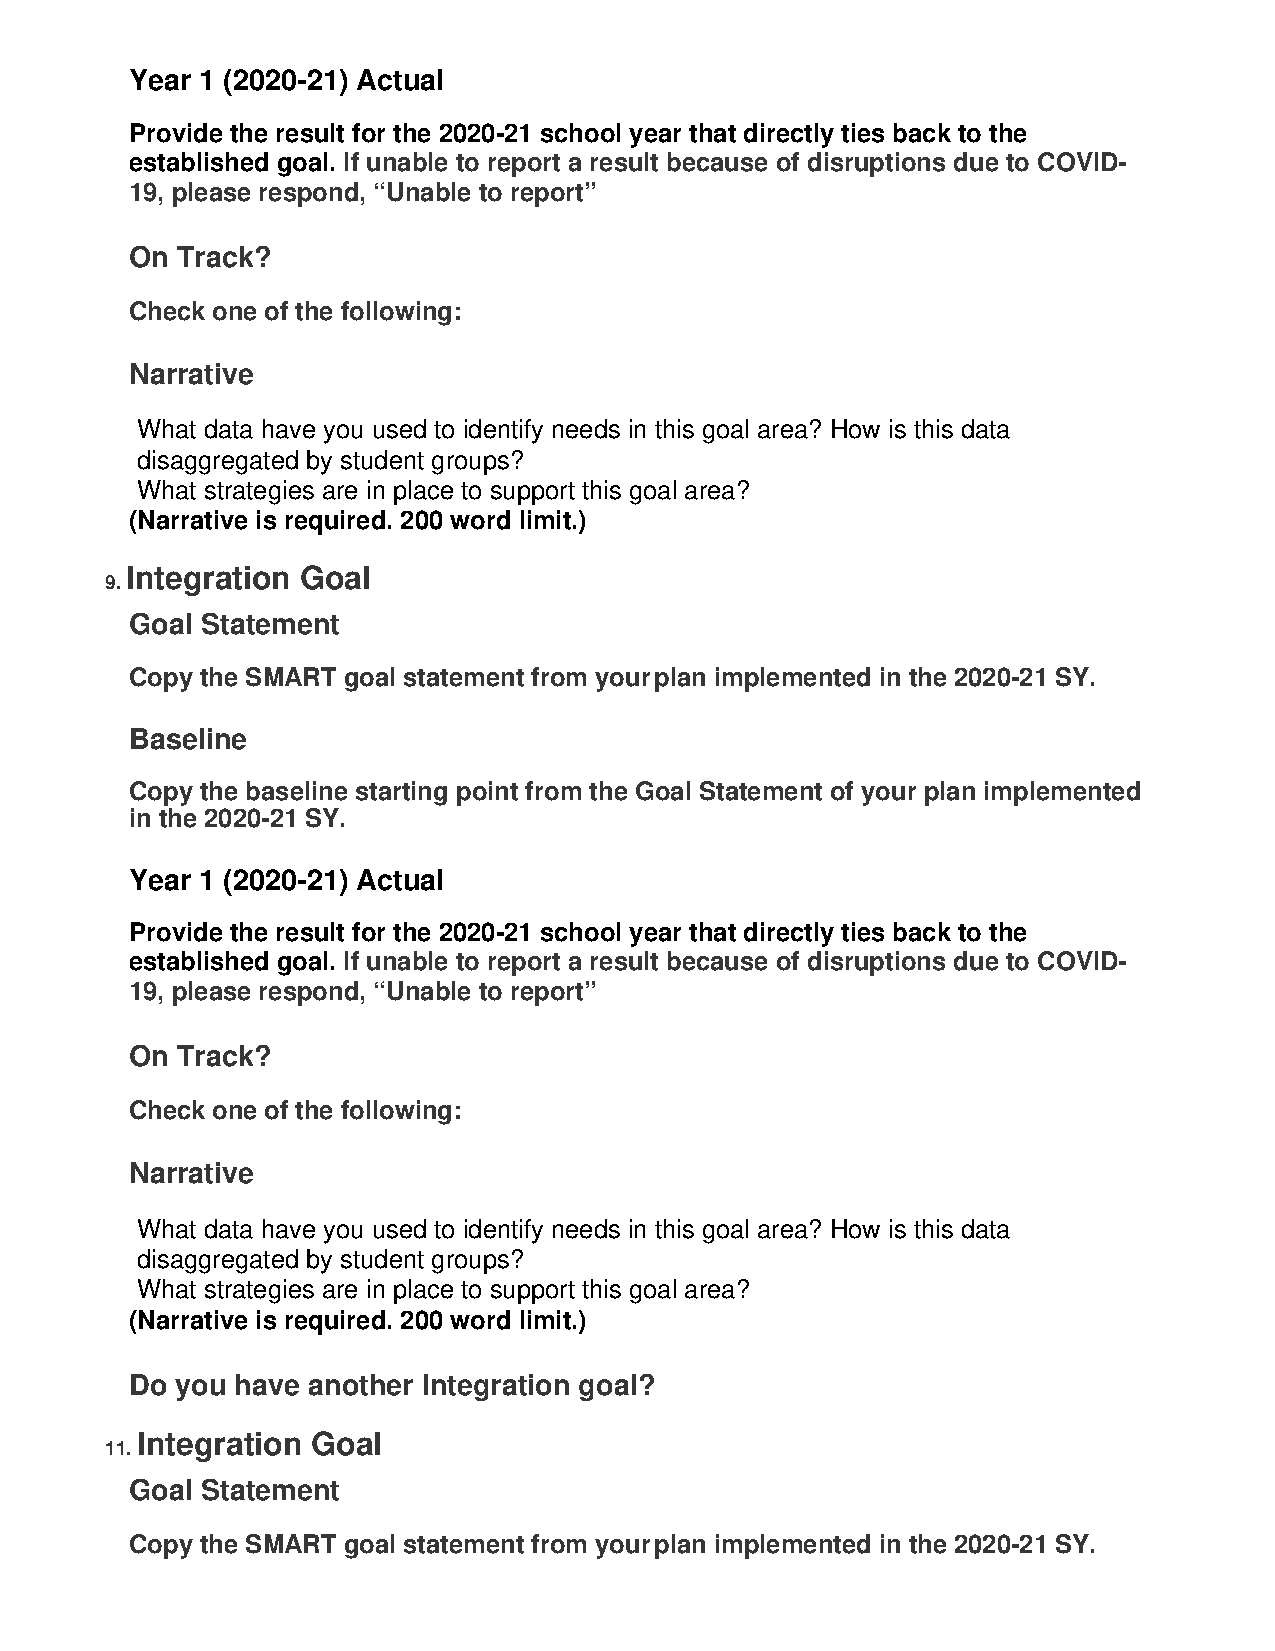
Year 1 (2020-21) Actual
 Provide the result for the 2020-21 school year that directly ties back to the
 established goal. If unable to report a result because of disruptions due to COVID-
 19, please respond, “Unable to report”
 On Track?
 Check one of the following:
 Narrative
 What data have you used to identify needs in this goal area? How is this data
 disaggregated by student groups?
 What strategies are in place to support this goal area?
 (Narrative is required. 200 word limit.)
 Integration Goal
 9.
 Goal Statement
 Copy the SMART goal statement from your plan implemented in the 2020-21 SY.
 Baseline
 Copy the baseline starting point from the Goal Statement of your plan implemented
 in the 2020-21 SY.
 Year 1 (2020-21) Actual
 Provide the result for the 2020-21 school year that directly ties back to the
 established goal. If unable to report a result because of disruptions due to COVID-
 19, please respond, “Unable to report”
 On Track?
 Check one of the following:
 Narrative
 What data have you used to identify needs in this goal area? How is this data
 disaggregated by student groups?
 What strategies are in place to support this goal area?
 (Narrative is required. 200 word limit.)
 Do you have another Integration goal?
 Integration Goal
 11.
 Goal Statement
 Copy the SMART goal statement from your plan implemented in the 2020-21 SY.